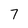
Character: 7